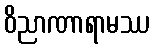
ဝိညာဏာရာမဿ